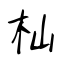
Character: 杣